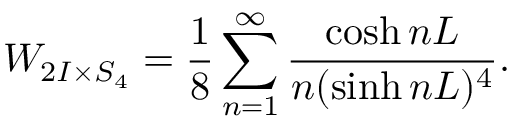
W _ { 2 I \times S _ { 4 } } = \frac { 1 } { 8 } \sum _ { n = 1 } ^ { \infty } \frac { \cosh n L } { n ( \sinh n L ) ^ { 4 } } .